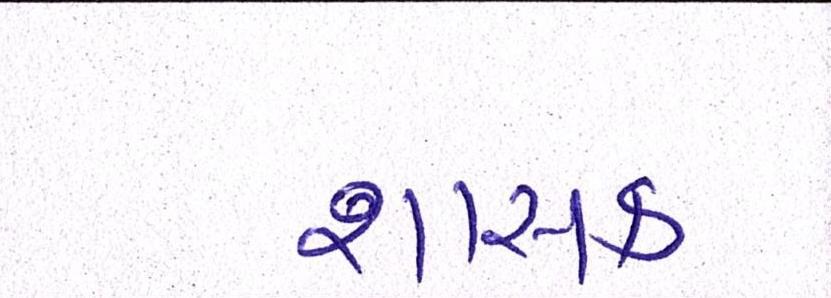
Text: શાસક